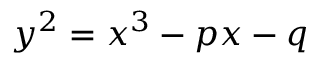
y ^ { 2 } = x ^ { 3 } - p x - q